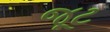
જૂટ